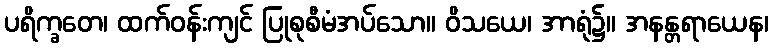
ပရိက္ခတေ၊ ထက်ဝန်းကျင် ပြုစုစီမံအပ်သော။ ဝိသယေ၊ အာရုံ၌။ အနန္တရာယေန၊